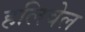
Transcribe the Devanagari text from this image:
हलिवेल